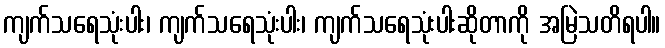
ကျက်သရေသုံးပါး၊ ကျက်သရေသုံးပါး၊ ကျက်သရေသုံးပါးဆိုတာကို အမြဲသတိရပါ။